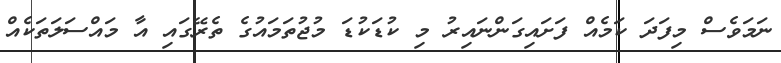
ނަމަވެސް މިފަދަ ކަމެއް ފަށައިގަންނައިރު މި ކުޑަކުޑަ މުޖުތަމައުގެ ތެރޭގައި އާ މައްސަލަތަކެއް